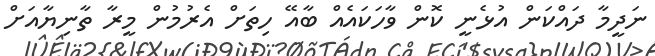
ނަދީމާ ދައްކަން އުޅެނީ ކޮން ވާހަކައެއް ބާއޭ ހިތަށް އެރުމުން މީރާ ތާނިޔާއަށް